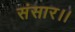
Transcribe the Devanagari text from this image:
संसार।।